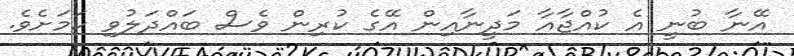
އޭނާ ބުނީ އެ ކުއްޖާއާ މަދީނާއިން އޭގެ ކުރިން ވެސް ބައްދަލުވި ކަމަށެވެ.